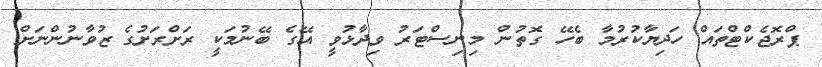
ޕްރޮޖެކްޓްތައް ހަދިޔާކުރުމާ ބެހޭ ގޮތުން މިނިސްޓަރު ވިދާޅުވީ އޭގެ ބޭނުމަކީ ރަށްރަށުގެ ޒުވާނުންނަށް